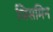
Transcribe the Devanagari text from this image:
जिसमिन